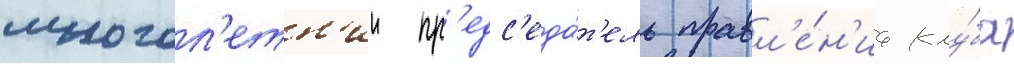
многол'етн'ии пр'едс'еда́т'ель правл'е́н'иа клу́ба